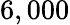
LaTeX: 6,000